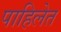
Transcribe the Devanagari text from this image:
पाहिलेत